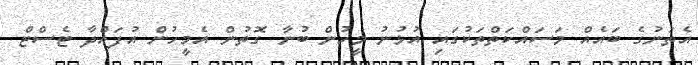
އެތަނުގެ ބައެއް މަސައްކަތްތަކުގައި އުޅުނު މީހުން ބުނާ ގޮތުން އެމީހުން އުފައްދާ ޓެސްޓް